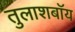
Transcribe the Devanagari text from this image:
तुलाशबॉय